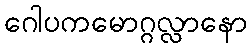
ဂေါပကမောဂ္ဂလ္လာနော